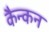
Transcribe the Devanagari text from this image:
कैन्कन